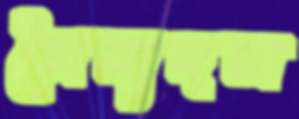
সৈন্যদল